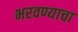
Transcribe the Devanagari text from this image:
भरवण्याचा